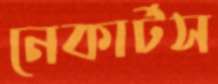
নেকার্টস